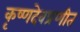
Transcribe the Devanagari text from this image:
कृष्णदेवप्रणीत